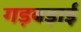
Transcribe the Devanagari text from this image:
गड़बड़ाई